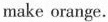
make orange.